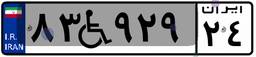
۸۳W۹۲۹۲۴